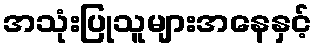
အသုံးပြုသူများအနေနှင့်